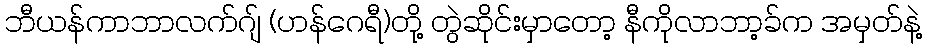
ဘီယန်ကာဘာလက်ဂျ် (ဟန်ဂေရီ)တို့ တွဲဆိုင်းမှာတော့ နီကိုလာဘာ့ခ်က အမှတ်နဲ့